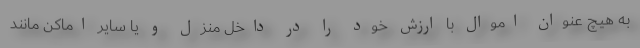
به هیچ عنوان اموال با ارزش خود را در داخل منزل و یا سایر اماکن مانند